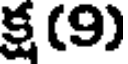
క్ష (9)